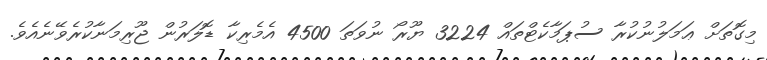
މިގޮތަށް ޢަމަލުނުކުރާ ސުޕަމާކެޓްތައް 3224 ޔޫރޯ ނުވަތަ 4500 އެމެރިކާ ޑޮލަރުން ޖޫރިމަނާކުރެވޭނެއެވެ.